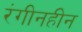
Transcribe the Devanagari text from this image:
रंगीनहीन